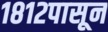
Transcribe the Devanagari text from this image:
१८१२पासून